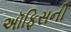
અૉફિસની